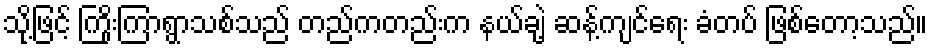
သို့ဖြင့် ကြိုးကြာရွာသစ်သည် တည်ကတည်းက နယ်ချဲ့ ဆန့်ကျင်ရေး ခံတပ် ဖြစ်တော့သည်။